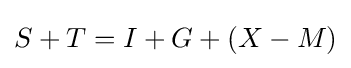
S+T=I+G+(X-M)